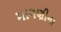
માગણીના